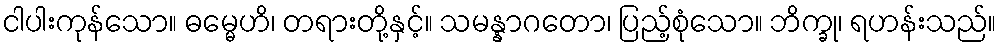
ငါပါးကုန်သော။ ဓမ္မေဟိ၊ တရားတို့နှင့်။ သမန္နာဂတော၊ ပြည့်စုံသော။ ဘိက္ခု၊ ရဟန်းသည်။